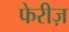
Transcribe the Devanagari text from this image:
फेरीज़